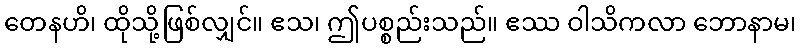
တေနဟိ၊ ထိုသို့ဖြစ်လျှင်။ ဧသ၊ ဤပစ္စည်းသည်။ ဧဿ ဝါသိကလာ ဘောနာမ၊